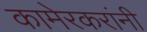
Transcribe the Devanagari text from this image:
कामेरकरांनी